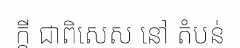
ក្តី ជាពិសេស នៅ តំបន់